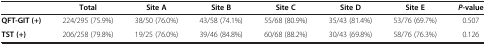
|  | Total | Site A | Site B | Site C | Site D | Site E | P-value |
 | --- | --- | --- | --- | --- | --- | --- | --- |
 | QFT-GIT (+) | 224/295 (75.9%) | 38/50 (76.0%) | 43/58 (74.1%) | 55/68 (80.9%) | 35/43 (81.4%) | 53/76 (69.7%) | 0.507 |
 | TST (+) | 206/258 (79.8%) | 19/25 (76.0%) | 39/46 (84.8%) | 60/68 (88.2%) | 30/43 (69.8%) | 58/76 (76.3%) | 0.126 |